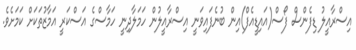
އިސްރާއީލު ޑިފެންސް ފޯސް(އައިޑީއެފް)އިން ބުނެފައިވަނީ އިސްރާއީލުން ހަމަލާދިނީ ހަމާސްގެ އަސްކަރީ އަމާޒުތަކަށް ކަމަށެވެ.